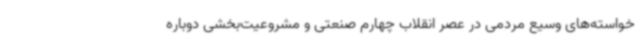
خواسته‌های وسیع مردمی در عصر انقلاب چهارم صنعتی و مشروعیت‌بخشی دوباره